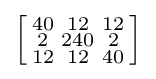
\left[{\begin{smallmatrix}40&12&12\\2&240&2\\12&12&40\end{smallmatrix}}\right]